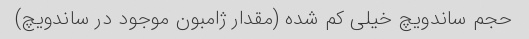
حجم ساندویچ خیلی کم شده (مقدار ژامبون موجود در ساندویچ)